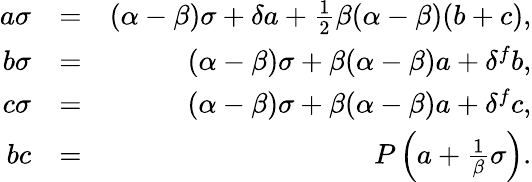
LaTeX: \begin{array}{rlr}{a\sigma}&{=}&{(\alpha-\beta)\sigma+\delta a+\frac{1}{2}\beta(\alpha-\beta)(b+c),}\\ {b\sigma}&{=}&{(\alpha-\beta)\sigma+\beta(\alpha-\beta)a+\delta^{f}b,}\\ {c\sigma}&{=}&{(\alpha-\beta)\sigma+\beta(\alpha-\beta)a+\delta^{f}c,}\\ {bc}&{=}&{P\left(a+\frac{1}{\beta}\sigma\right).}\end{array}